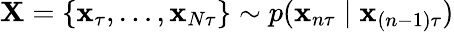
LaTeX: \mathbf{X}=\{ \mathbf{x}_{\tau},\dots,\mathbf{x}_{N\tau}\} \sim p(\mathbf{x}_{n\tau}\mid\mathbf{x}_{(n-1)\tau})